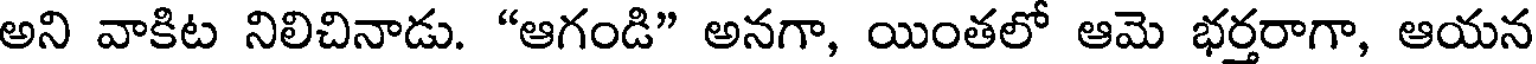
అని వాకిట నిలిచినాడు. "ఆగండి" అనగా, యింతలో ఆమె భర్తరాగా, ఆయన